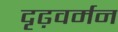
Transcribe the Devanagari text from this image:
दृढ़वर्मन